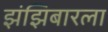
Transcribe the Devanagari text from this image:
झंझिबारला